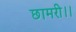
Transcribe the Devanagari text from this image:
छामरी।।